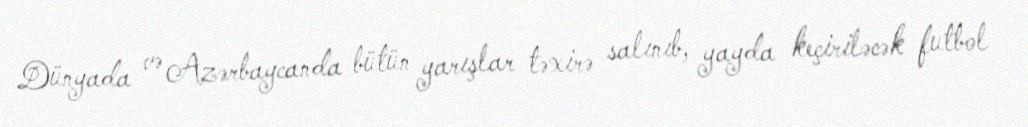
Dünyada və Azərbaycanda bütün yarışlar təxirə salınıb, yayda keçiriləcək futbol